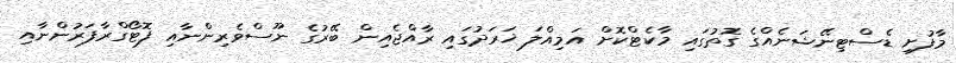
މާފުށި ޑެސްޓިނޭޝަނެއްގެ ގޮތުގައި މާކެޓްކޮޮށް އަމިއްލަ ޚަރަދުގައި ރާއްޖެއިން ބޭރުގެ ނޫސްވެރިންނާއި ފޮޓޯގްރާފަރުންނާއި